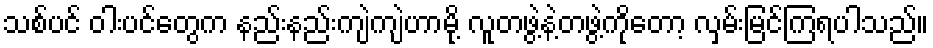
သစ်ပင် ဝါးပင်တွေက နည်းနည်းကျဲကျဲဟာမို့ လူတဖွဲ့နဲ့တဖွဲ့ကိုတော့ လှမ်းမြင်ကြရပါသည်။